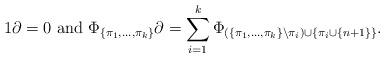
LaTeX: \begin{align*}1\partial=0\mbox{ and }\Phi_{\{\pi_1,\dots,\pi_k\}}\partial=\sum_{i=1}^k\Phi_{(\{\pi_1,\dots,\pi_k\}\setminus \pi_i)\cup\{\pi_i\cup\{n+1\}\}}.\end{align*}